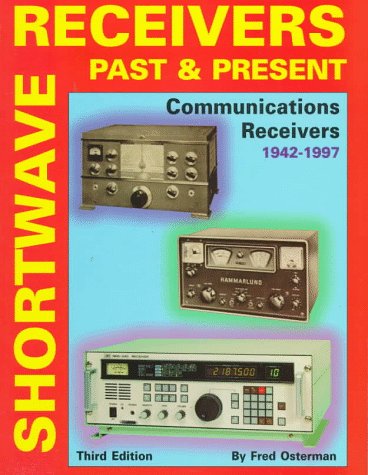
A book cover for Shortwave Receivers Past & Present: Communications Receivers 1942-1997; Crafts, Hobbies & Home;